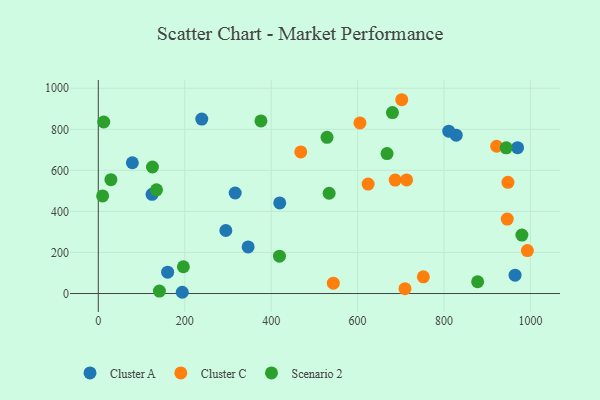
{"axis": {"x": "Study Hours", "y": "Yield"}, "legend": ["Cluster A", "Cluster C", "Scenario 2"], "data": [{"x": "419.8", "y": 441.5, "type": "Cluster A"}, {"x": "346.7", "y": 226.9, "type": "Cluster A"}, {"x": "194.3", "y": 6.1, "type": "Cluster A"}, {"x": "828.1", "y": 771.2, "type": "Cluster A"}, {"x": "970.1", "y": 710.5, "type": "Cluster A"}, {"x": "124.4", "y": 483.3, "type": "Cluster A"}, {"x": "964.3", "y": 89.6, "type": "Cluster A"}, {"x": "239.4", "y": 849.6, "type": "Cluster A"}, {"x": "316.7", "y": 489.7, "type": "Cluster A"}, {"x": "295.1", "y": 307.0, "type": "Cluster A"}, {"x": "78.8", "y": 637.1, "type": "Cluster A"}, {"x": "160.4", "y": 103.8, "type": "Cluster A"}, {"x": "810.9", "y": 790.7, "type": "Cluster A"}, {"x": "543.8", "y": 50.6, "type": "Cluster C"}, {"x": "702.1", "y": 944.1, "type": "Cluster C"}, {"x": "992.8", "y": 209.1, "type": "Cluster C"}, {"x": "921.7", "y": 717.4, "type": "Cluster C"}, {"x": "624.3", "y": 533.3, "type": "Cluster C"}, {"x": "686.9", "y": 552.9, "type": "Cluster C"}, {"x": "468.5", "y": 689.7, "type": "Cluster C"}, {"x": "752.1", "y": 81.6, "type": "Cluster C"}, {"x": "947.8", "y": 541.6, "type": "Cluster C"}, {"x": "713.3", "y": 553.4, "type": "Cluster C"}, {"x": "709.6", "y": 23.6, "type": "Cluster C"}, {"x": "605.4", "y": 831.0, "type": "Cluster C"}, {"x": "946.2", "y": 362.9, "type": "Cluster C"}, {"x": "134.7", "y": 505.4, "type": "Scenario 2"}, {"x": "29.2", "y": 554.4, "type": "Scenario 2"}, {"x": "125.3", "y": 616.4, "type": "Scenario 2"}, {"x": "680.6", "y": 881.6, "type": "Scenario 2"}, {"x": "668.1", "y": 682.0, "type": "Scenario 2"}, {"x": "877.7", "y": 57.3, "type": "Scenario 2"}, {"x": "534.1", "y": 488.4, "type": "Scenario 2"}, {"x": "10.0", "y": 475.5, "type": "Scenario 2"}, {"x": "980.1", "y": 284.8, "type": "Scenario 2"}, {"x": "419.2", "y": 181.9, "type": "Scenario 2"}, {"x": "196.8", "y": 130.4, "type": "Scenario 2"}, {"x": "12.6", "y": 835.6, "type": "Scenario 2"}, {"x": "529.2", "y": 761.0, "type": "Scenario 2"}, {"x": "943.8", "y": 709.6, "type": "Scenario 2"}, {"x": "141.4", "y": 11.9, "type": "Scenario 2"}, {"x": "376.3", "y": 840.6, "type": "Scenario 2"}]}